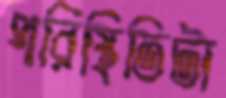
পরিস্থিতিটা